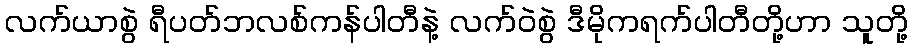
လက်ယာစွဲ ရီပတ်ဘလစ်ကန်ပါတီနဲ့ လက်ဝဲစွဲ ဒီမိုကရက်ပါတီတို့ဟာ သူတို့